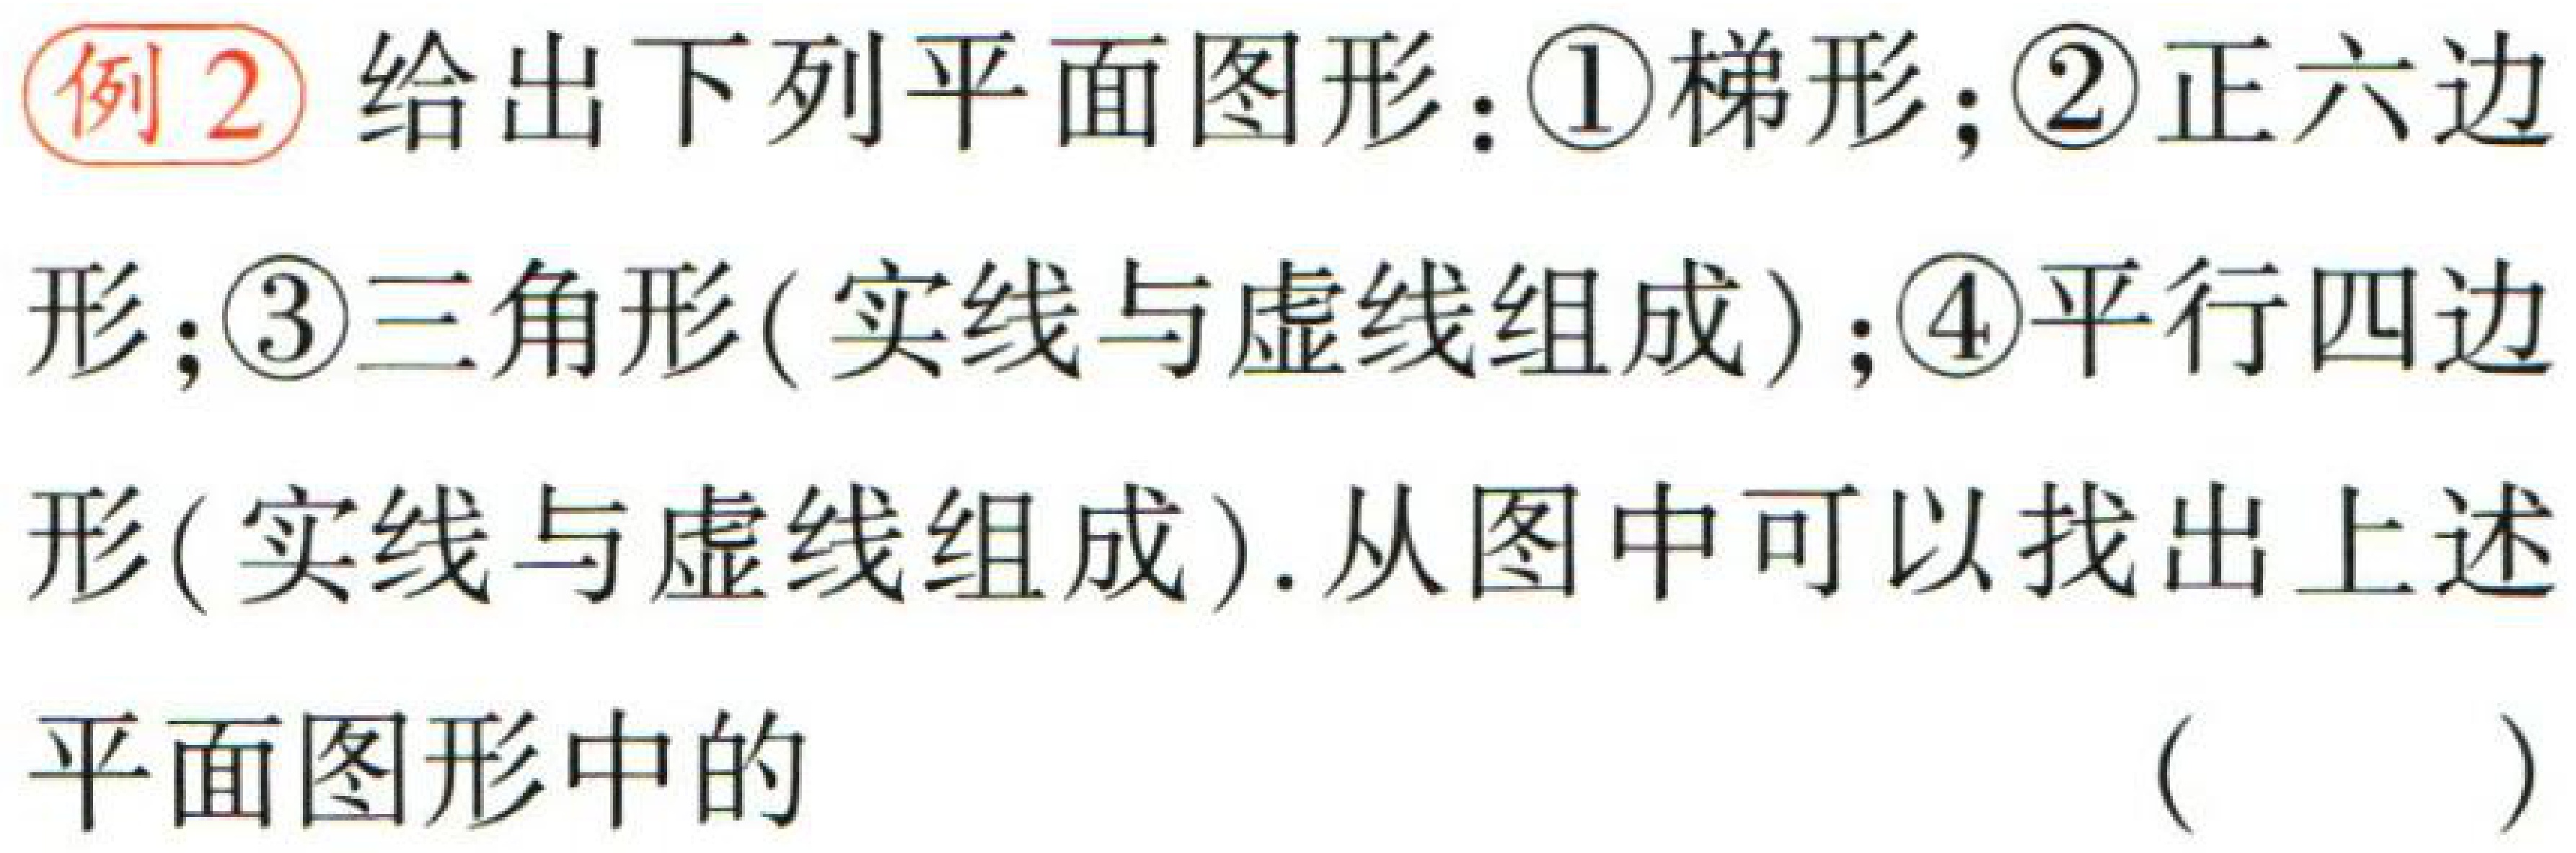
例2 给出下列平面图形：\textcircled{1}梯形；\textcircled{2}正六边形；\textcircled{3}三角形(实线与虚线组成)；\textcircled{4}平行四边形(实线与虚线组成). 从图中可以找出上述平面图形中的 （  ）